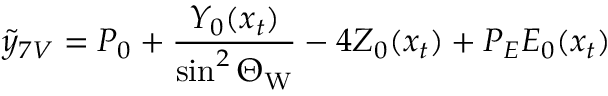
\tilde { y } _ { 7 V } = P _ { 0 } + \frac { Y _ { 0 } ( x _ { t } ) } { \sin ^ { 2 } \Theta _ { \mathrm { W } } } - 4 Z _ { 0 } ( x _ { t } ) + P _ { E } E _ { 0 } ( x _ { t } )